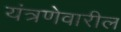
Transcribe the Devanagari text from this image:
यंत्रणेवारील